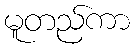
မူတည်ကာ